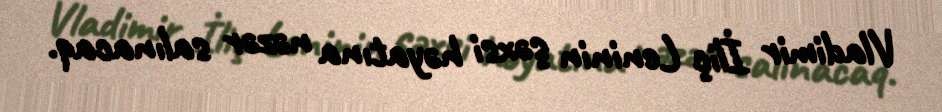
Vladimir İliç Leninin şəxsi həyatına nəzər salınacaq.